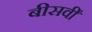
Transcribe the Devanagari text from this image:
बीसवीँ